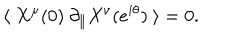
LaTeX: \langle \ X ^ { \mu } ( 0 ) \ \partial _ { \parallel } X ^ { \nu } ( e ^ { i \theta } ) \ \rangle = 0 .